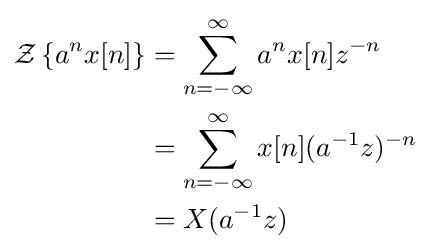
{\begin{aligned}{\mathcal {Z}}\left\{a^{n}x[n]\right\}&=\sum _{n=-\infty }^{\infty }a^{n}x[n]z^{-n}\\&=\sum _{n=-\infty }^{\infty }x[n](a^{-1}z)^{-n}\\&=X(a^{-1}z)\end{aligned}}